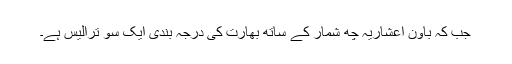
جب کہ باون اعشاریہ چھ شمار کے ساتھ بھارت کی درجہ بندی ایک سو ترالیس ہے۔